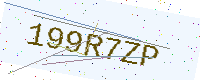
Text: 199R7ZP